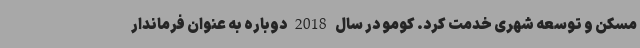
مسکن و توسعه شهری خدمت کرد. کومو در سال 2018 دوباره به عنوان فرماندار